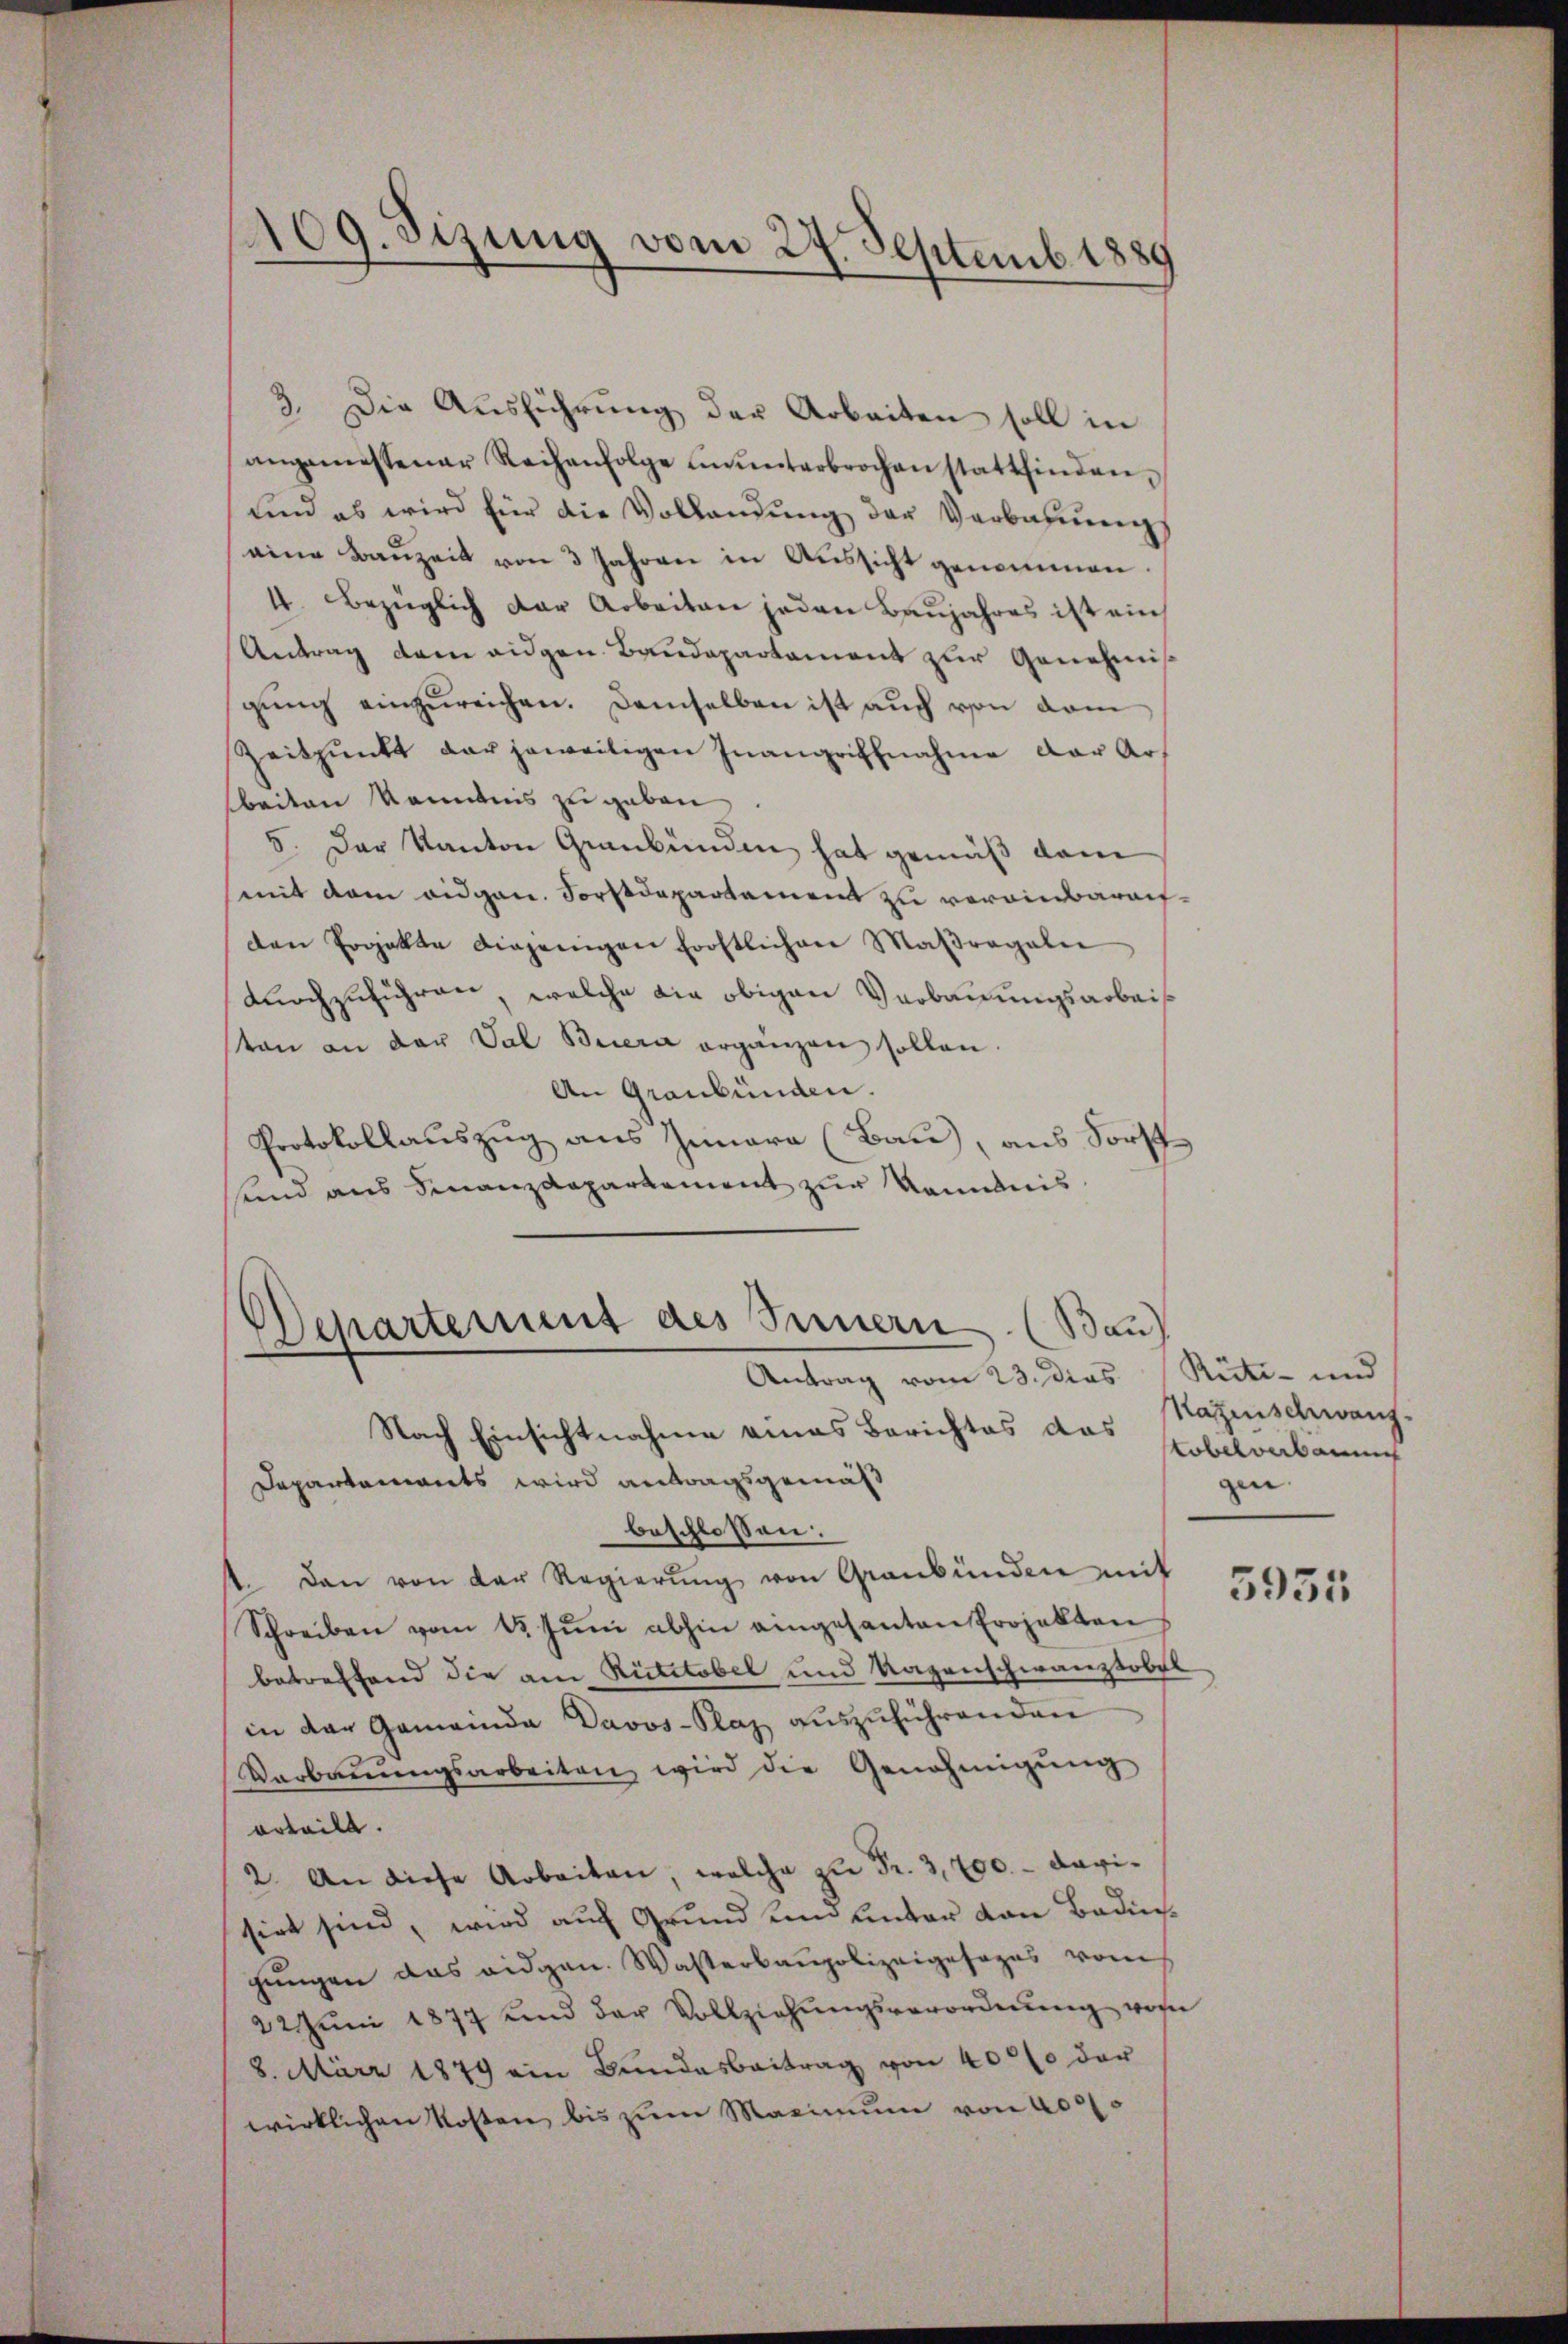
409. Sizung vom 24. Septemb. 1889

3. Die Ausführung der Arbeiten soll in
angemessener Reihenfolge ununterbrochen stattfinden,
und es wird für die Vollandŭng der Verbahnŭng
eine Baŭzeit von 3 Jahren in Aŭssicht genommen.
4. Bezüglich der Arbeiten jeden Baŭjahres ist ein
Antrag dem eidgen. Baudepartament zur Genehmis
gŭng einzŭreichen. Demselben ist auch von dem
Zeitpunkt der jeweitigen Inangriffnahme der Arbeiten Kenntnis zu geben.
5. Der Kanton Graubünden hat gemäß dem
mit dem eidgen. Forstdepartament zu verainbaraufden Projekte diejenigen frostlichen Maβragalie
durchzuführen, welche die obigen Verbauungsarbeis
tan an der Val Buera ergänzen sollen.
An Graubünden.
Protokollauszug aus Iunara (Bau, aus Forst
sind aus Finanzdepartement zur Kenntnis
Departement des Innern. (Bau

Antrag vom 23. dies

Nach Einsichtnahme eines Berichtes das Hagenschwang-
Departements wird antragsgemäß
beschlossen:
st. Dann von der Regierŭng von Graubünden mit
Schreiben vom 15. Jŭni abhin eingesanten Projekten
betreffend die am Rütttobel und Tagenschwanztobel
in der Gemeinde Davos-Plaz auszuführenden
Verbaŭŭngsarbeiten wird die Genehmigŭng
erteilt.
2. An diese Arbeiten, welche zu Fr. 3,700. - Davisiet sind, wird auf Grund und unter von Badisgŭngen das eidgen. Wasterbaupolizeigesages vom
22 Jŭni 1877 und der Vollziehŭngsverordnŭng von
8. März 1879 ein Bundesbeitrag von 4000 der
wirklichen Kosten bis zum Maximum von 4000

Rüti- und
toberverbauu
gen.

5955